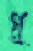
গূ